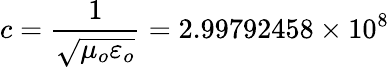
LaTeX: c={\frac{1}{\sqrt{\mu_{o}\varepsilon_{o}}}}=2.99792458\times 10^{8}